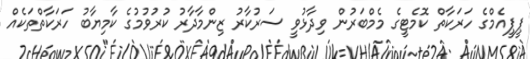
ޕީޕީއެމްގެ ހަރަކާތް ކޮމެޓީގެ މެމްބަރުން ވިދާޅުވީ ސަރުކާރު ޒިންމާދާރު ކުރުވުމުގެ ކާމިޔާބު ހަރަކާތްތަކެއް